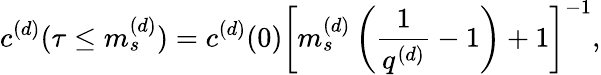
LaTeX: c^{(d)}(\tau\leq m_{s}^{(d)})=c^{(d)}(0)\left[m_{s}^{(d)}\left(\frac{1}{q^{(d)}}-1\right)+1\right]^{-1},